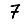
Digit: 7